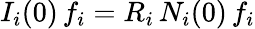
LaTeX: I_{i}(0)\, f_{i}=R_{i}\, N_{i}(0)\, f_{i}